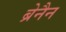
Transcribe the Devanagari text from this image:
ब्रेनैन